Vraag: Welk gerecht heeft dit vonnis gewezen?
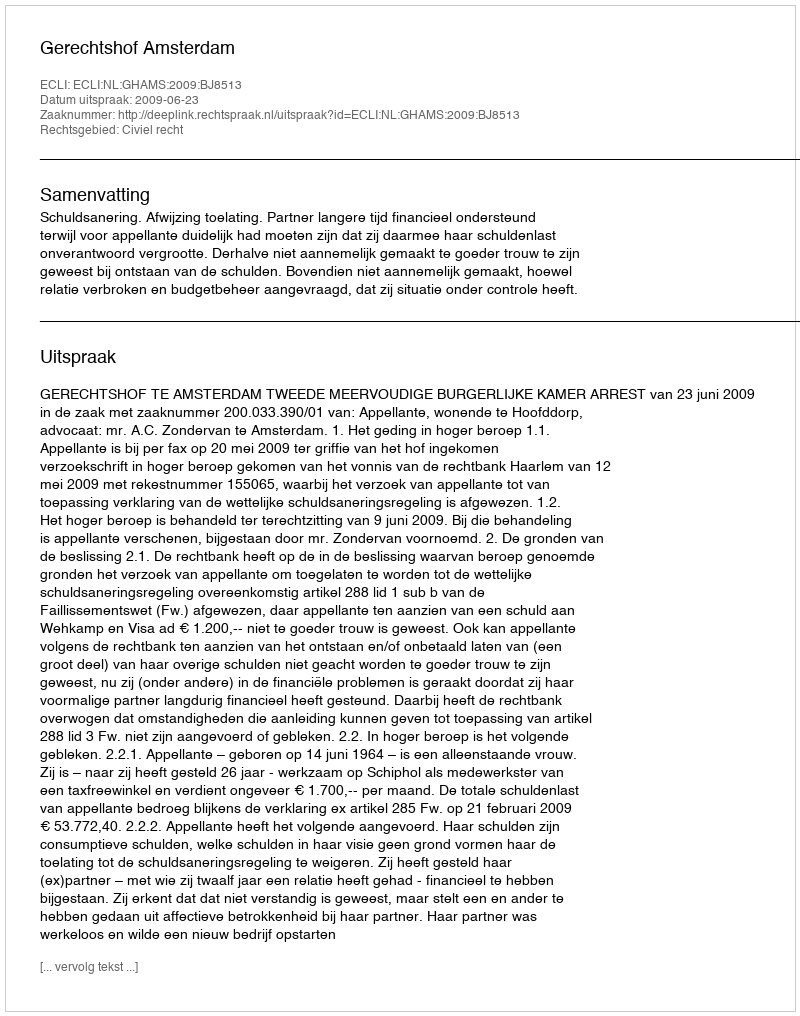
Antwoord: Gerechtshof Amsterdam